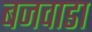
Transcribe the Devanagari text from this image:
बजवाडा